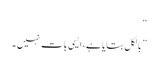
“
” بالکل بتایا ہے، ایسی بات نہیں ۔